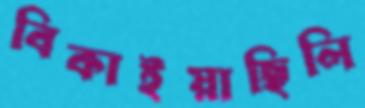
বিকাইয়াছিলি